Vital statistics of India. Vol. V, Reports of 1876 on armies & jails and on epidemic cholera
Year: 1876
Disease focus: Cholera
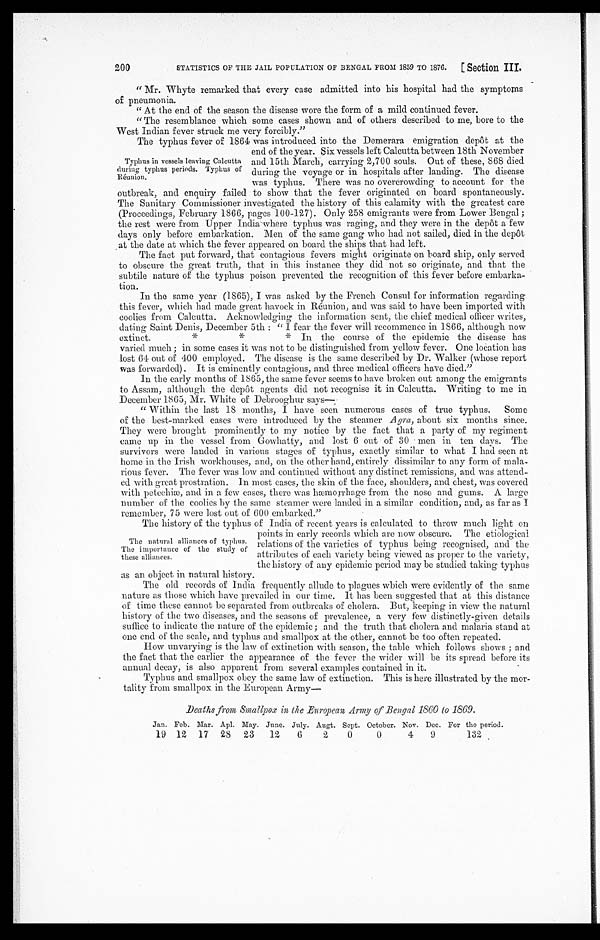
200 STATISTICS OF THE JAIL POPULATION OF BENGAL FROM 1859 TO 1876. [Section III.
"Mr. Whyte remarked that every case admitted into his hospital had the symptoms
of pneumonia.
"At the end of the season the disease wore the form of a mild continued fever.
"The resemblance which some cases shown and of others described to me, bore to the
West Indian fever struck me very forcibly."
The typhus fever of 1864 was introduced into the Demerara emigration depôt at the
end of the year. Six vessels left Calcutta between 18th November
and 15th March, carrying 2,700 souls. Out of these, 868 died
during the voyage or in hospitals after landing. The disease
was typhus. There was no overcrowding to account for the
outbreak, and enquiry failed to show that the fever originated on board spontaneously.
The Sanitary Commissioner investigated the history of this calamity with the greatest care
(Proceedings, February 1866, pages 100-127). Only 258 emigrants were from Lower Bengal;
the rest were from Upper India where typhus was raging, and they were in the depôt a few
days only before embarkation. Men of the same gang who had not sailed, died in the depôt
at the date at which the fever appeared on board the ships that had left.
The fact put forward, that contagious fevers might originate on board ship, only served
to obscure the great truth, that in this instance they did not so originate, and that the
subtile nature of the typhus poison prevented the recognition of this fever before embarka
- t i o n .
In the same year (1865), I was asked by the French Consul for information regarding
this fever, which had made great havock in Réunion, and was said to have been imported with
coolies from Calcutta. Acknowledging the information sent, the chief medical officer writes,
dating Saint Denis, December 5th: "I fear the fever will recommence in 1866, although now
extinct. * * * In the course of the epidemic the disease has
varied much; in some cases it was not to be distinguished from yellow fever. One location has
lost 64 out of 400 employed. The disease is the same described by Dr. Walker (whose report
was forwarded). It is eminently contagious, and three medical officers have died."
In the early months of 1865, the same fever seems to have broken out among the emigrants
to Assam, although the depôt agents did not recognise it in Calcutta. Writing to me in
December 1865, Mr. White of Debrooghur says—
Within the last 18 months, I have seen numerous cases of true typhus. Some
of the best-marked cases were introduced by the steamer Agra, about six months since.
They were brought prominently to my notice by the fact that a party of my regiment
came up in the vessel from Gowhatty, and lost 6 out of 30 men in ten days. The
survivors were landed in various stages of typhus, exactly similar to what I had seen at
home in the Irish workhouses, and, on the other hand, entirely dissimilar to any form of mala
-rious fever. The fever was low and continued without any distinct remissions, and was attend
- e d w i t h g r e a t p r o s t r a t i o n . I n m o s t c a s e s , t h e s k i n o f t h e f a c e , s h o u l d e r s , a n d c h e s t , w a s c o v e r e d
with petechiæ, and in a few cases, there was hæmorrhage from the nose and gums. A large
number of the coolies by the same steamer were landed in a similar condition, and, as far as I
remember 75 were lost out of 600 embarked."
The history of the typhus of India of recent years is calculated to throw much light on
points in early records which are now obscure. The etiological
relations of the varieties of typhus being recognised, and the
attributes of each variety being viewed as proper to the variety,
the history of any epidemic period may be studied taking typhus
as an object in natural history.
The old records of India frequently allude to plagues wbich were evidently of the same
nature as those which have prevailed in our time. It has been suggested that at this distance
of time these cannot be separated from outbreaks of cholera. But, keeping in view the natural
history of the two diseases, and the seasons of prevalence, a very few distinctly-given details
suffice to indicate the nature of the epidemic; and the truth that cholera and malaria stand at
one end of the scale, and typhus and smallpox at the other, cannot be too often repeated.
How unvarying is the law of extinction with season, the table which follows shows; and
the fact that the earlier the appearance of the fever the wider will be its spread before its
annual decay, is also apparent from several examples contained in it.
Typhus and smallpox obey the same law of extinction. This is here illustrated by the mor
- tality front smallpox in the European Army—
Deaths from Smallpox in the European Army of Bengal 1860 to 1869.
Jan. Feb. Mar. Apl. May. June. July. Augt. Sept. October. Nov. Dec. For the period.
19 12 17 28 23 12 6
2 0
0
4 9
132
Typhus in vessels leaving Calcutta
during typhus periods. Typhus of
Réunion.
The natural alliances of typhus.
The importance of the study of
these alliances.